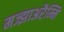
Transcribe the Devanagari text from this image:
मज्झाअरैम्मि